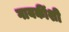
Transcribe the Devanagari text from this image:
गायकींशी